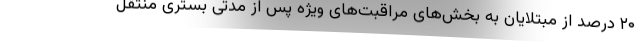
۲۰ درصد از مبتلایان به بخش‌های مراقبت‌های ویژه پس از مدتی بستری منتقل